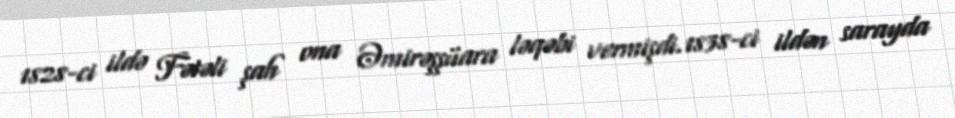
1828-ci ildə Fətəli şah ona Əmirəşşüara ləqəbi vermişdi.1838-ci ildən sarayda